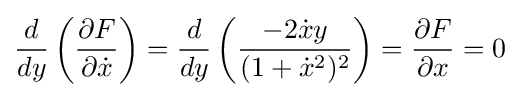
{\frac {d}{dy}}\left({\frac {\partial F}{\partial {\dot {x}}}}\right)={\frac {d}{dy}}\left({\frac {-2{\dot {x}}y}{(1+{\dot {x}}^{2})^{2}}}\right)={\frac {\partial F}{\partial x}}=0